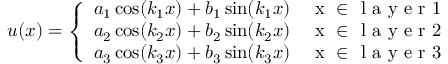
u ( x ) = \left\{ \begin{array} { l l } { a _ { 1 } \cos ( k _ { 1 } x ) + b _ { 1 } \sin ( k _ { 1 } x ) } & { \mathrm { ~ x ~ \in ~ } \textrm { l a y e r } 1 } \\ { a _ { 2 } \cos ( k _ { 2 } x ) + b _ { 2 } \sin ( k _ { 2 } x ) } & { \mathrm { ~ x ~ \in ~ } \textrm { l a y e r } 2 } \\ { a _ { 3 } \cos ( k _ { 3 } x ) + b _ { 3 } \sin ( k _ { 3 } x ) } & { \mathrm { ~ x ~ \in ~ } \textrm { l a y e r } 3 } \end{array} \right.